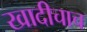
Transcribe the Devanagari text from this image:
खादीचाच